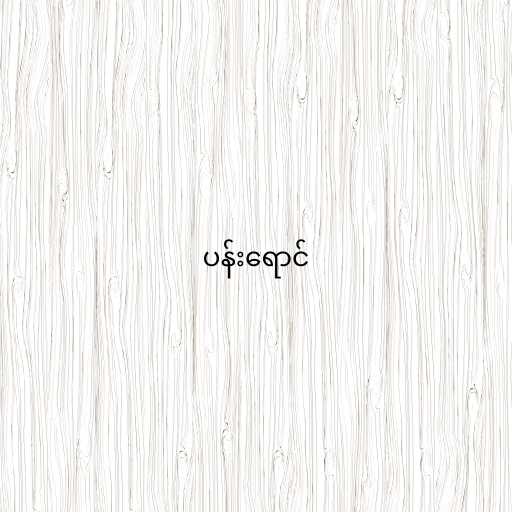
ပန်းရောင်